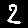
Digit: 2